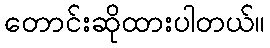
တောင်းဆိုထားပါတယ်။